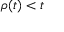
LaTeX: \rho ( t ) < t